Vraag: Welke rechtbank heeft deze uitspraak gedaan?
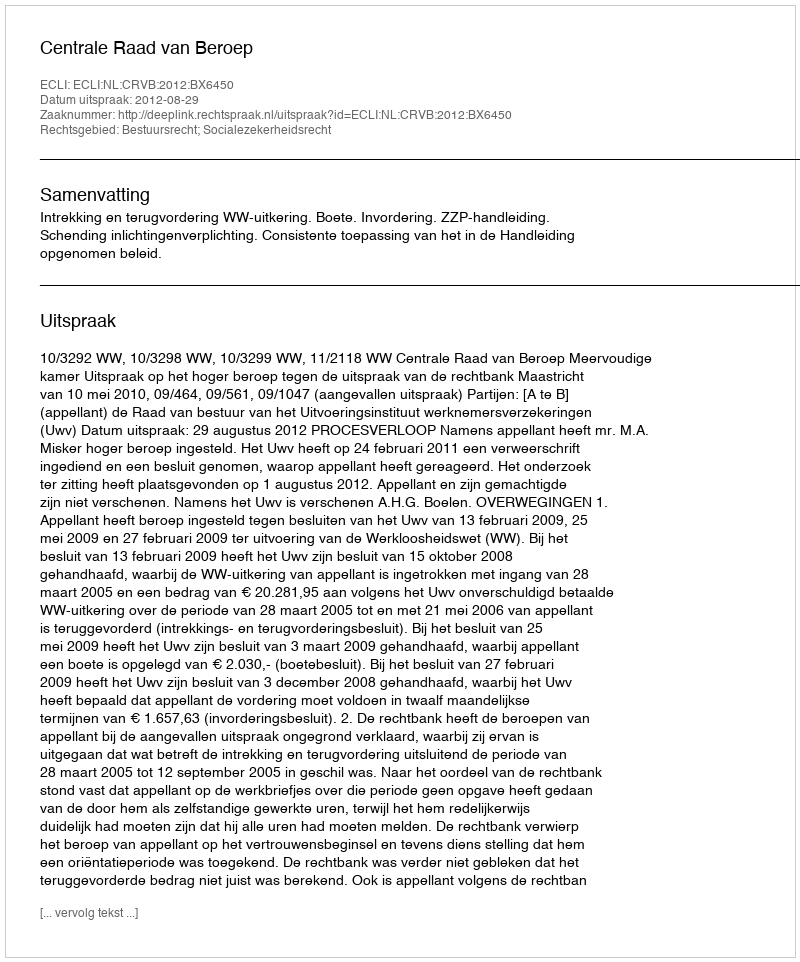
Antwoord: Centrale Raad van Beroep